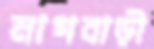
নাগবাড়ী